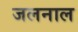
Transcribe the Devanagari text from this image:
जलनाल